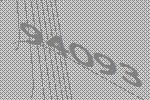
94093